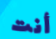
أنت